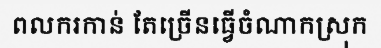
ពលករកាន់ តែច្រើនធ្វើចំណាកស្រុក